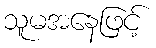
သူမအနေဖြင့်